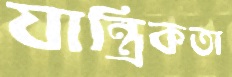
যান্ত্রিকতা